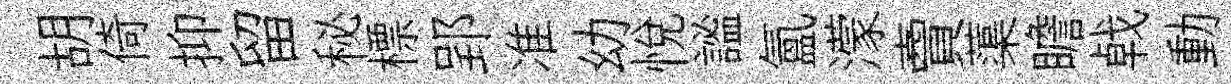
胡倚抑留秘標郢准幼悦謐氲濛𧶠蕖瞻㦸動